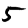
Digit: 5